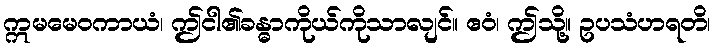
ဣမမေဝကာယံ၊ ဤငါ၏ခန္ဓာကိုယ်ကိုသာလျင်။ ဧဝံ၊ ဤသို့။ ဥပသံဟရတိ၊